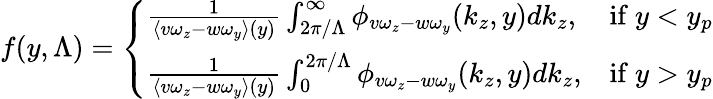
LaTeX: f(y,\Lambda)=\left\{ \begin{array}{ll}{\frac{1}{\langle v\omega_{z}-w\omega_{y}\rangle(y)}\int_{2\pi/\Lambda}^{\infty}\phi_{v\omega_{z}-w\omega_{y}}(k_{z},y)dk_{z},}&{\mathrm{if~}y<y_{p}}\\ {\frac{1}{\langle v\omega_{z}-w\omega_{y}\rangle(y)}\int_{0}^{2\pi/\Lambda}\phi_{v\omega_{z}-w\omega_{y}}(k_{z},y)dk_{z},}&{\mathrm{if~}y>y_{p}}\end{array}\right.